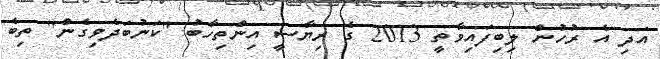
އަދި އެ ރުހުން ލިބިފައިވާތީ 2013 ގެ ރިޔާސީ އިންތިހާބު "ކަނުބަދެވިގެން" ތިބެ